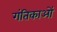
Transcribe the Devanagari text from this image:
गंतिकाओं